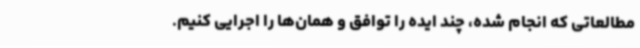
مطالعاتی که انجام شده، چند ایده را توافق و همان‌ها را اجرایی کنیم.